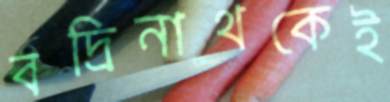
বদ্রিনাথকেই